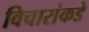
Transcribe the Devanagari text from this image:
विचारांकडे